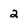
Character: 2